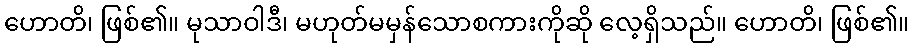
ဟောတိ၊ ဖြစ်၏။ မုသာဝါဒီ၊ မဟုတ်မမှန်သောစကားကိုဆို လေ့ရှိသည်။ ဟောတိ၊ ဖြစ်၏။